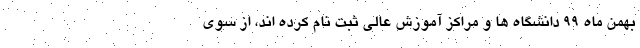
بهمن ماه ۹۹ دانشگاه ها و مراکز آموزش عالی ثبت نام کرده اند، از سوی